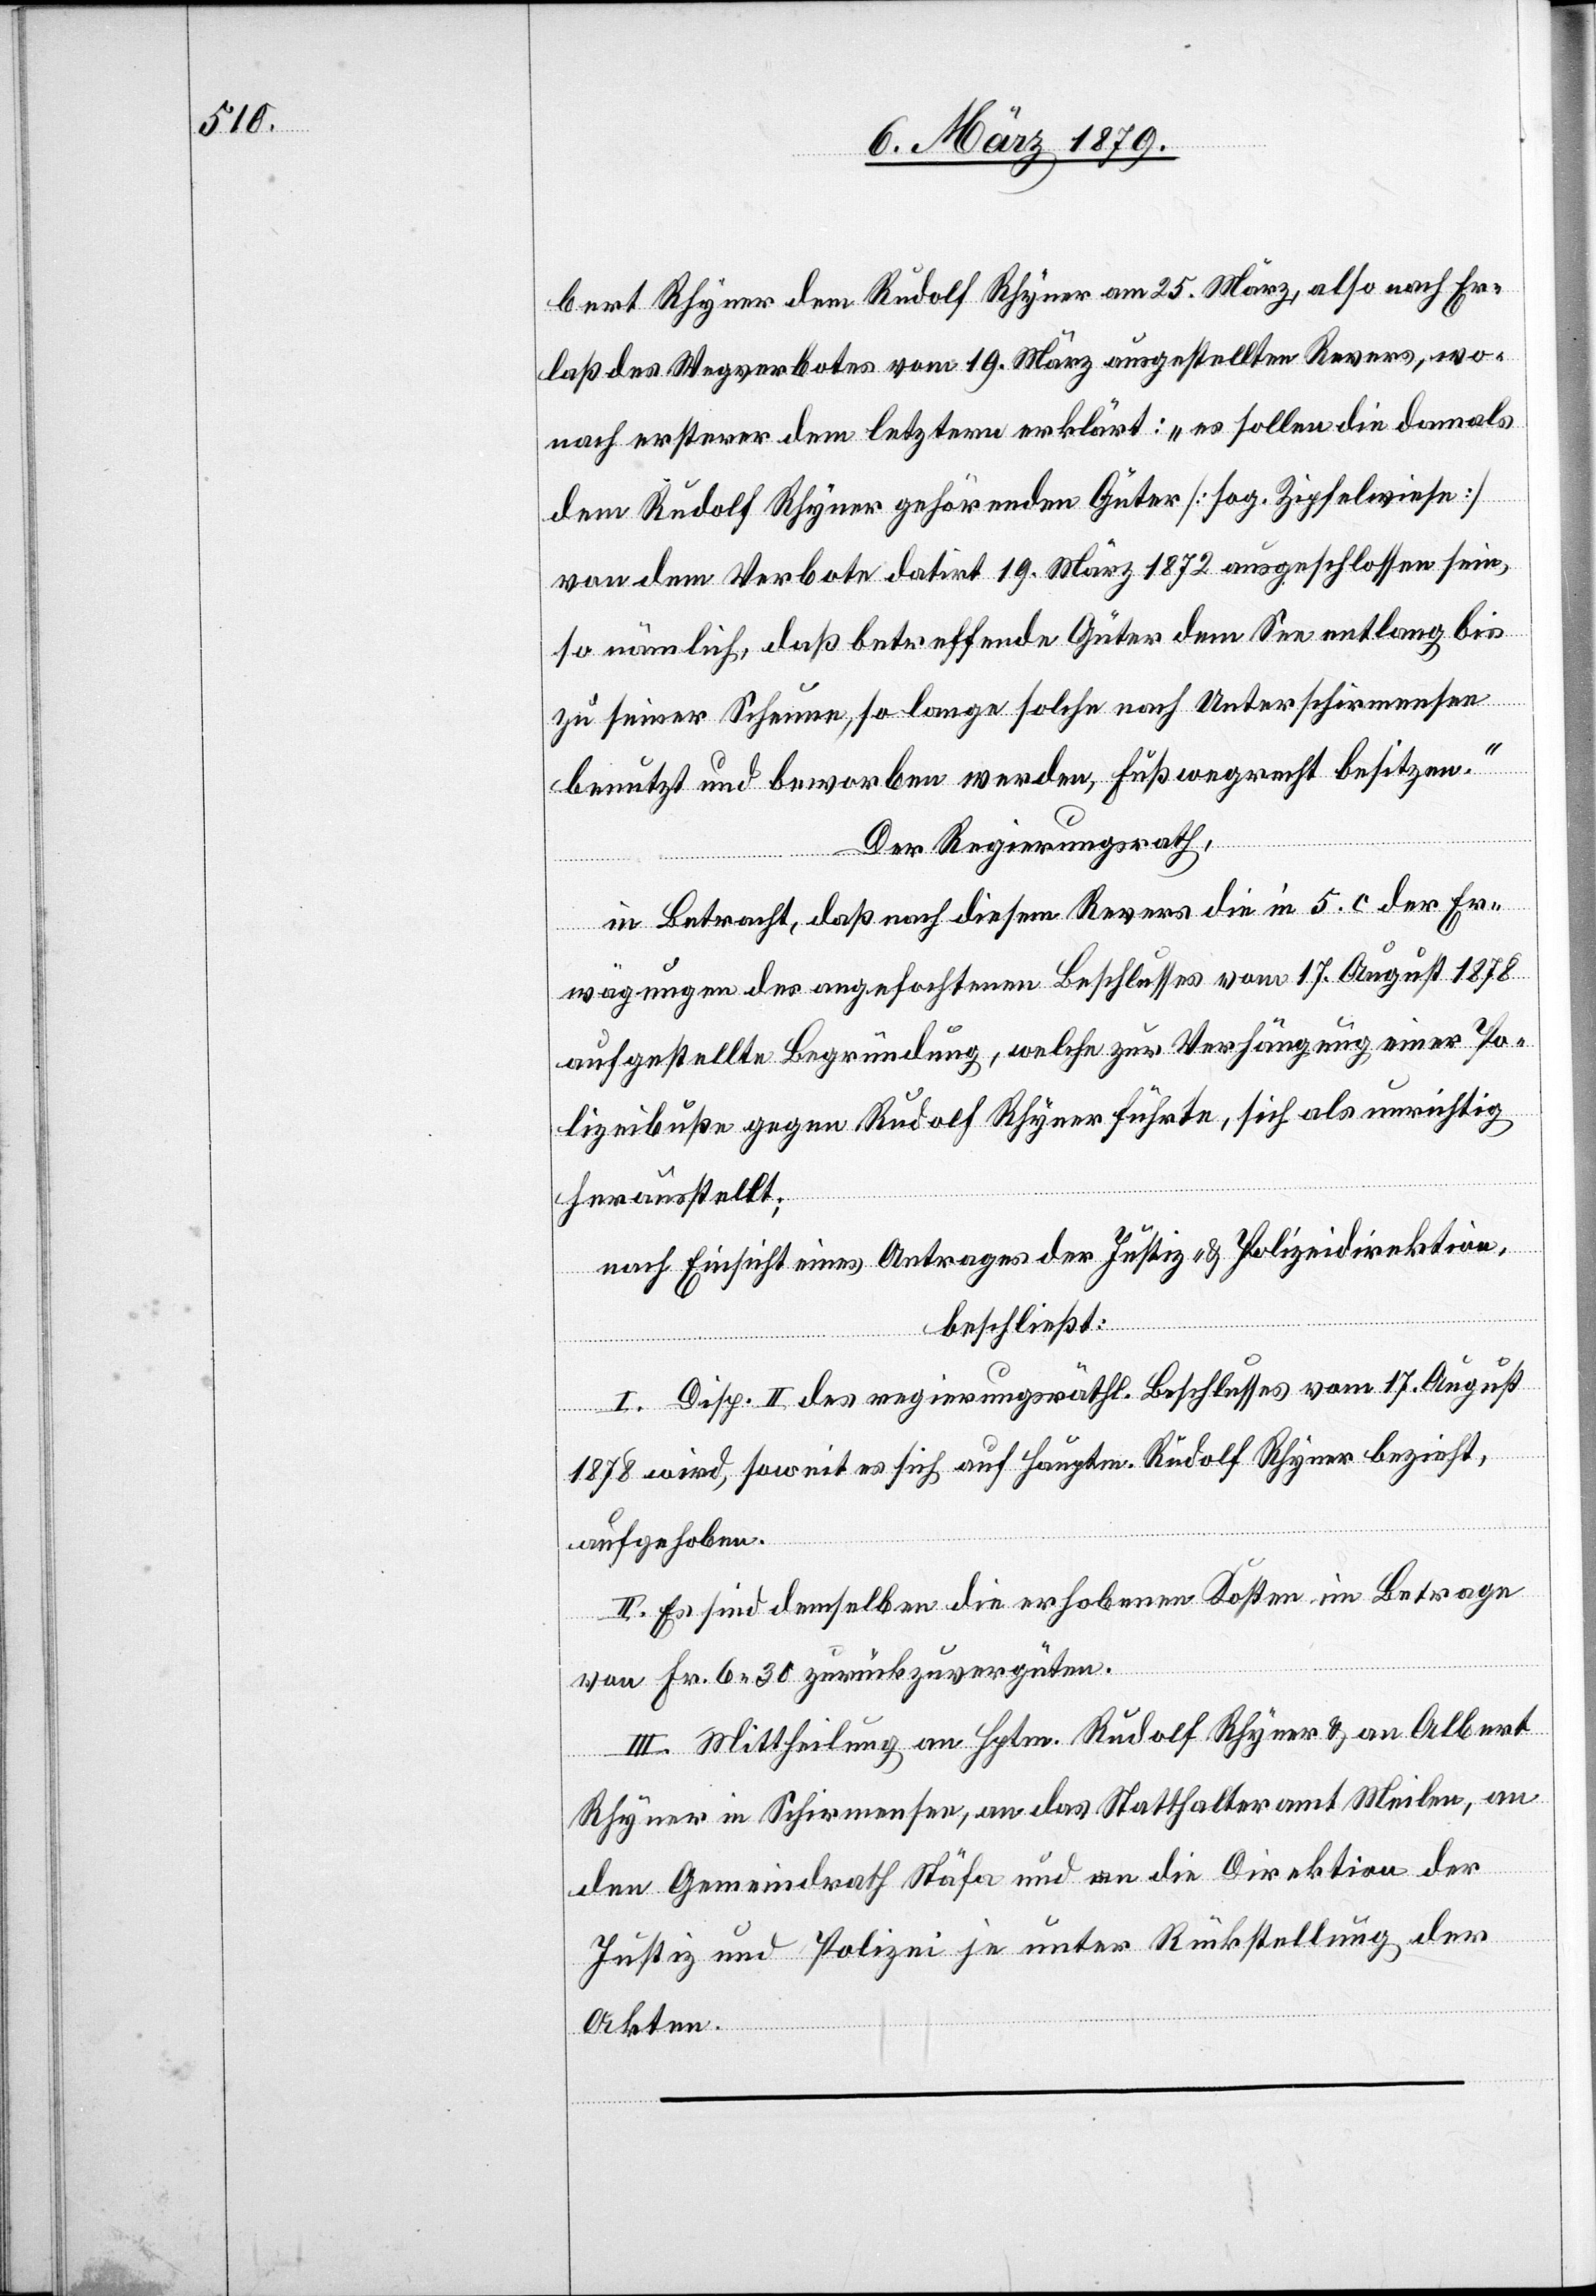
bert Rhyner dem Rudolf Rhyner am 25. März, also nach Er¬
laß des Wegverbotes vom 19. März ausgestellten Revers, wo¬
nach ersterer dem letztern erklärt: „es sollen die damals
dem Rudolf Rhyner gehörenden Güter [sog. Zipfelwiese]
von dem Verbote datirt 19. März 1872 ausgeschlossen sein,
so nämlich, daß betreffende Güter dem See entlang bis
zu seiner Scheune, so lange solche nach Unterschirmensee
benutzt und beworben werden, Fußwegrecht besitzen.“
Der Regierungsrath,
in Betracht, daß nach diesem Revers die in 5. c der Er¬
wägungen des angefochtenen Beschlusses vom 17. August 1878
aufgestellte Begründung, welche zur Verhängung einer Po¬
lizeibuße gegen Rudolf Rhyner führte, sich als unrichtig
herausstellt;
nach Einsicht eines Antrages der Justiz- & Polizeidirektion,
beschließt:
I. Disp. II des regierungsräthlichen Beschlusses vom 17. August
1878 wird, soweit es sich auf Hauptm. Rudolf Rhyner bezieht,
aufgehoben.
II. Es sind demselben die erhobenen Kosten im Betrage
von Fr. 6.30 zurückzuvergüten.
III. Mittheilung an Hptm. Rudolf Rhyner & an Albert
Rhyner in Schirmensee, an das Statthalteramt Meilen, an
den Gemeindrath Stäfa und an die Direktion der
Justiz und Polizei je unter Rückstellung der
Akten.